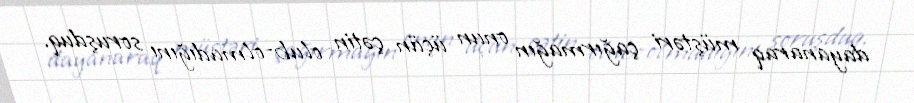
dayanaraq müştəri çağırmağın onun üçün çətin olub-olmadığını soruşduq.